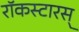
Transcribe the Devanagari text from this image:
रॉकस्टारस्